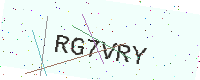
Text: RG7VRY